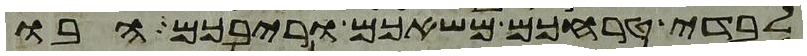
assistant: לבדי טרחכם משאכם וריבכם הבו